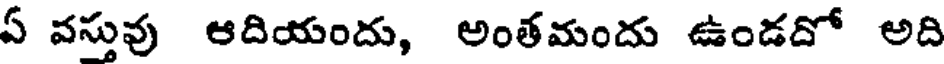
ఏ వస్తువు ఆదియందు, అంతమందు ఉండదో అది